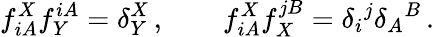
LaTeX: f_{iA}^{X}f_{Y}^{iA}=\delta_{Y}^{X}\, ,\qquad f_{iA}^{X}f_{X}^{jB}=\delta_{i}{}^{j}\delta_{A}{}^{B}\, .